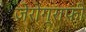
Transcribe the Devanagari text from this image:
ज़ेरोग्राफी